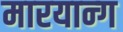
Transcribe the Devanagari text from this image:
मारयान्ग